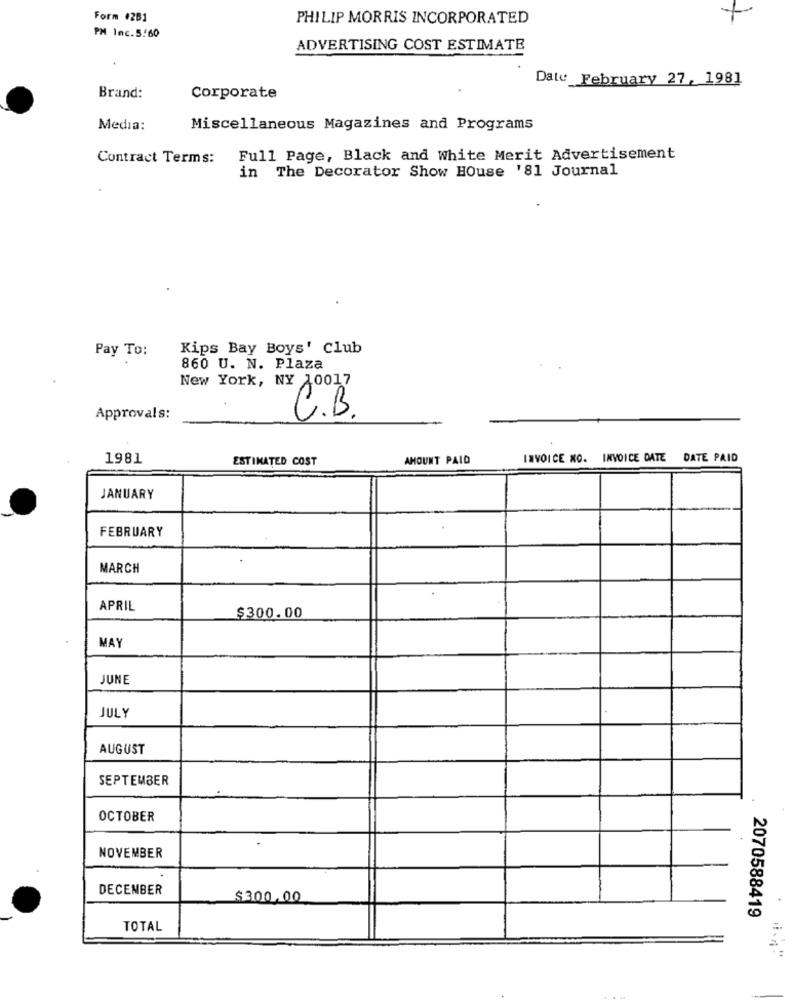
Form #281
PHILIP MORRIS INCORPORATED
PM Inc.5.60
ADVERTISING COST ESTIMATE
Date February 27, 1981
Brand:
Corporate
Media:
Miscellaneous Magazines and Programs
Contract Terms:
Full Page, Black and White Merit Advertisement
in The Decorator Show House '81 Journal
Kips Bay Boys' Club
Pay To:
860 U. N. Plaza
New York, NY 10017
Approvals:
C.B.
1981
ESTIMATED COST
AMOUNT PAID
INVOICE NO. INVOICE DATE DATE PAID
JANUARY
FEBRUARY
MARCH
APRIL
$300.00
MAY
JUNE
JULY
AUGUST
SEPTEMBER
OCTOBER
NOVEMBER
DECEMBER
$300.00
2070588419
TOTAL